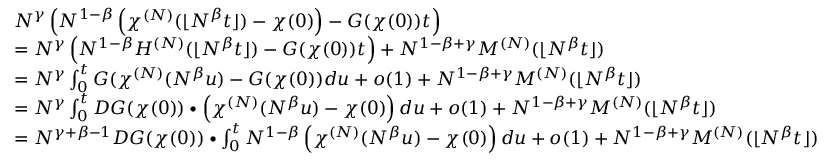
\begin{array} { r l } & { N ^ { \gamma } \left( N ^ { 1 - \beta } \left( \chi ^ { ( N ) } ( \lfloor N ^ { \beta } t \rfloor ) - \chi ( 0 ) \right) - G ( \chi ( 0 ) ) t \right) } \\ & { = N ^ { \gamma } \left( N ^ { 1 - \beta } H ^ { ( N ) } ( \lfloor N ^ { \beta } t \rfloor ) - G ( \chi ( 0 ) ) t \right) + N ^ { 1 - \beta + \gamma } M ^ { ( N ) } ( \lfloor N ^ { \beta } t \rfloor ) } \\ & { = N ^ { \gamma } \int _ { 0 } ^ { t } G ( \chi ^ { ( N ) } ( N ^ { \beta } u ) - G ( \chi ( 0 ) ) d u + o ( 1 ) + N ^ { 1 - \beta + \gamma } M ^ { ( N ) } ( \lfloor N ^ { \beta } t \rfloor ) } \\ & { = N ^ { \gamma } \int _ { 0 } ^ { t } D G ( \chi ( 0 ) ) \bullet \left( \chi ^ { ( N ) } ( N ^ { \beta } u ) - \chi ( 0 ) \right) d u + o ( 1 ) + N ^ { 1 - \beta + \gamma } M ^ { ( N ) } ( \lfloor N ^ { \beta } t \rfloor ) } \\ & { = N ^ { \gamma + \beta - 1 } D G ( \chi ( 0 ) ) \bullet \int _ { 0 } ^ { t } N ^ { 1 - \beta } \left( \chi ^ { ( N ) } ( N ^ { \beta } u ) - \chi ( 0 ) \right) d u + o ( 1 ) + N ^ { 1 - \beta + \gamma } M ^ { ( N ) } ( \lfloor N ^ { \beta } t \rfloor ) } \end{array}